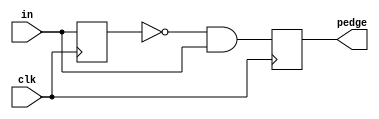
module top_module (
    input clk,
    input [7:0] in,
    output [7:0] pedge
);
    // 实现边沿检测电路，且只检测 0->1，不检测 1->0
    reg [7:0] temp;  // 暂存
    always @(posedge clk) begin
        // 暂存上一个输入信号
        temp <= in;
        // 前一个输入信号temp为0 并且 当前输入信号in为1时，满足检测上升沿的条件
        pedge <= ~temp & in;
    end

endmodule